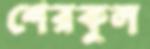
শেরকুল